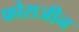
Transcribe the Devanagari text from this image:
फोसजीन